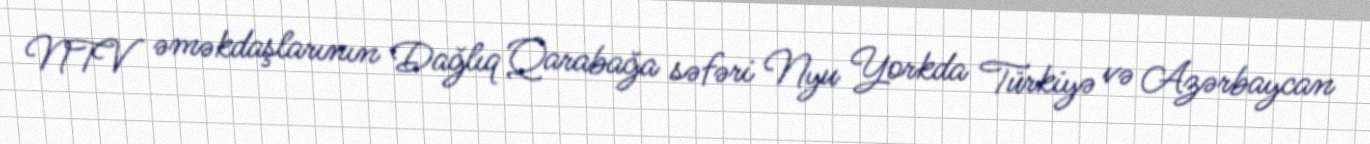
NTV əməkdaşlarının Dağlıq Qarabağa səfəri Nyu Yorkda Türkiyə və Azərbaycan